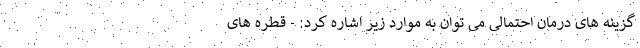
گزینه های درمان احتمالی می توان به موارد زیر اشاره کرد: - قطره های